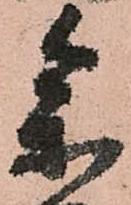
参